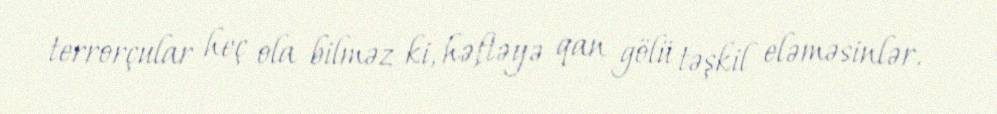
terrorçular heç ola bilməz ki, həftəyə qan gölü təşkil eləməsinlər.